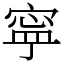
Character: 寜